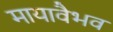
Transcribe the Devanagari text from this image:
मायावैभव